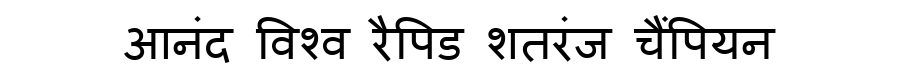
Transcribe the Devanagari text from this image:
आनंद विश्व रैपिड शतरंज चैंपियन